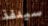
سينفذ